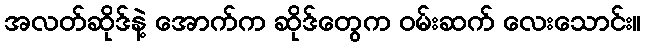
အလတ်ဆိုဒ်နဲ့ အောက်က ဆိုဒ်တွေက ဝမ်းဆက် လေးသောင်း။